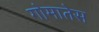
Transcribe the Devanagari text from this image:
गोमातेस